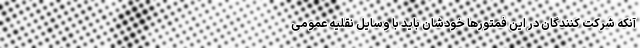
آنکه شرکت کنندگان در این فمتورها خودشان باید با وسایل نقلیه عمومی